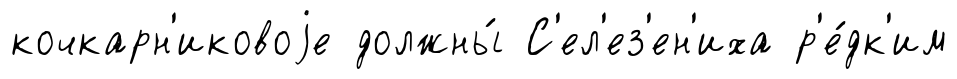
кочкарн'иковоjе должны́ С'ел'ез'ен'иха р'е́дк'им